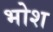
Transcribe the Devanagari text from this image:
भोश